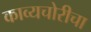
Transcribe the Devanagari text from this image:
काव्यचोरीचा